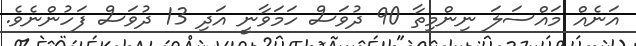
އަނެއް މައްސަލަ ނިންމިތާ 90 ދުވަސް ހަމަވާނީ އަދި 13 ދުވަސް ފަހުންނެވެ.